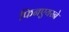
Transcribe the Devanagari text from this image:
फिनएयरने